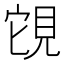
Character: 䙾